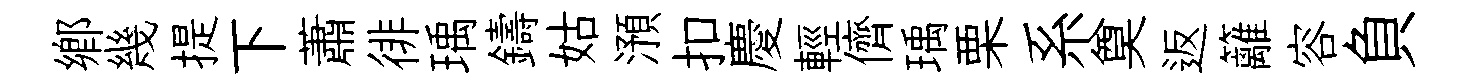
鄉幾提下蕭徘瑀鑄姑澦扣慶輕儕瑀栗系奠返籬容負